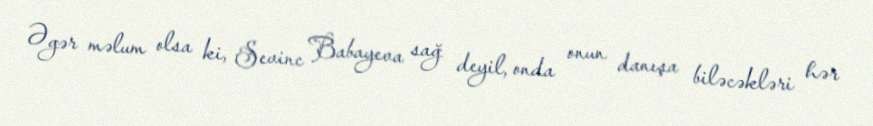
Əgər məlum olsa ki, Sevinc Babayeva sağ deyil, onda onun danışa biləcəkləri hər